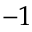
- 1